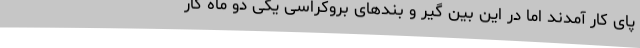
پای کار آمدند اما در این بین گیر و بندهای بروکراسی یکی دو ماه کار